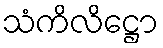
သံကိလိဋ္ဌော